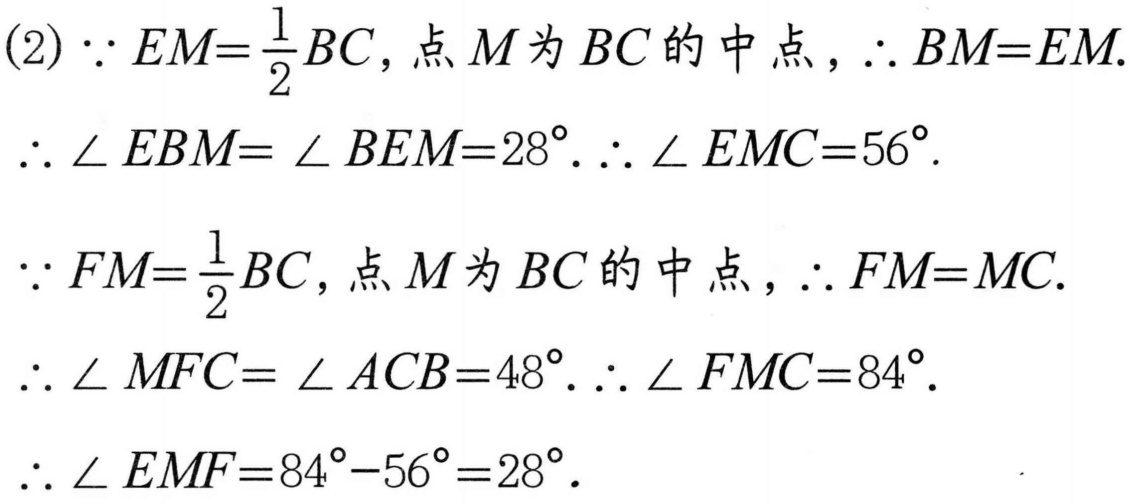
(2) $\because EM=\frac{1}{2}BC$, 点 $M$ 为 $BC$ 的中点, $\therefore BM = EM$.
$\therefore \angle EBM=\angle BEM = 28^{\circ}$. $\therefore \angle EMC = 56^{\circ}$.
$\because FM=\frac{1}{2}BC$, 点 $M$ 为 $BC$ 的中点, $\therefore FM = MC$.
$\therefore \angle MFC=\angle ACB = 48^{\circ}$. $\therefore \angle FMC = 84^{\circ}$.
$\therefore \angle EMF = 84^{\circ}-56^{\circ}=28^{\circ}$.